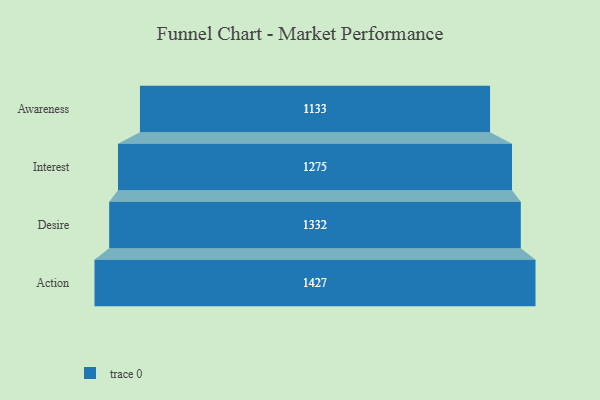
{"axis": {"x": "Stage", "y": "Value"}, "legend": [""], "data": [{"x": "Awareness", "y": 1133.0, "type": ""}, {"x": "Interest", "y": 1275.0, "type": ""}, {"x": "Desire", "y": 1332.0, "type": ""}, {"x": "Action", "y": 1427.0, "type": ""}]}